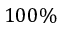
1 0 0 \%